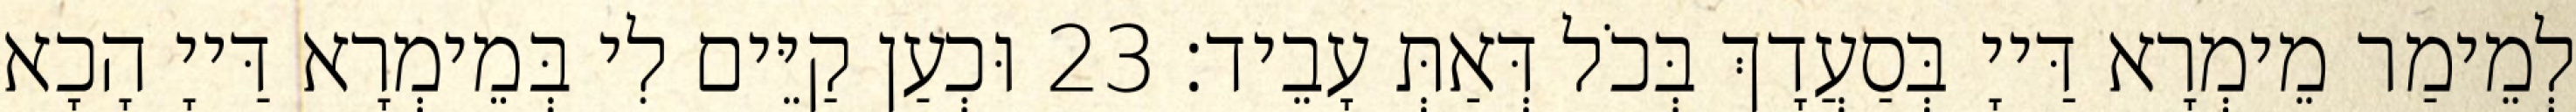
לְמֵימַר מֵימְרָא דַּייָ בְּסַעֲדָךְ בְּכֹל דְּאַתְּ עָבֵיד׃ 23 וּכְעַן קַיֵּים לִי בְּמֵימְרָא דַּייָ הָכָא